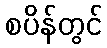
စပိန်တွင်